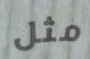
مثل